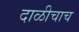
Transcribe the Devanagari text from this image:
दाळीचाच